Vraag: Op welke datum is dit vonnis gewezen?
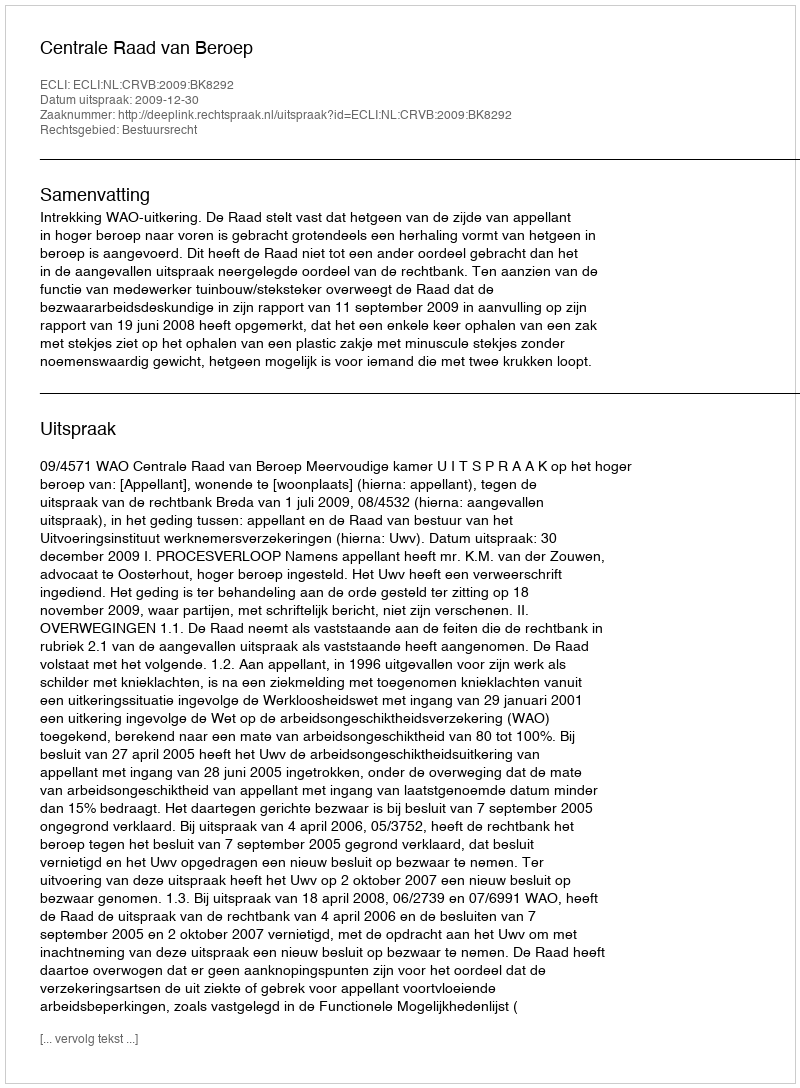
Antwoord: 2009-12-30